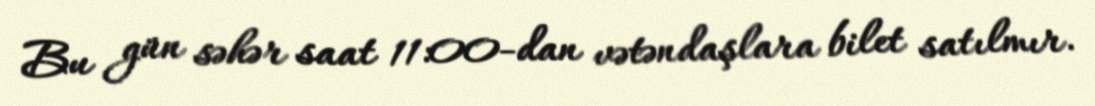
Bu gün səhər saat 11:00-dan vətəndaşlara bilet satılmır.